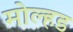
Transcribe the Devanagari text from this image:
मोल्हड